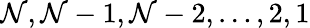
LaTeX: \mathcal{N},\mathcal{N}-1,\mathcal{N}-2,\dots,2,1